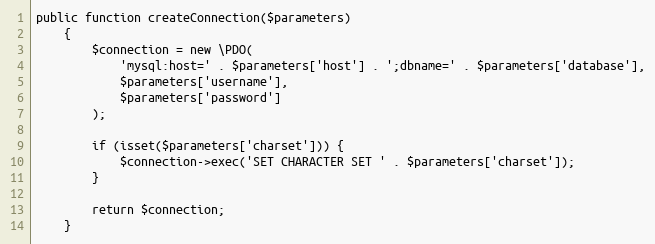
Language: PHP
public function createConnection($parameters)
    {
        $connection = new \PDO(
            'mysql:host=' . $parameters['host'] . ';dbname=' . $parameters['database'],
            $parameters['username'],
            $parameters['password']
        );

        if (isset($parameters['charset'])) {
            $connection->exec('SET CHARACTER SET ' . $parameters['charset']);
        }

        return $connection;
    }